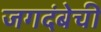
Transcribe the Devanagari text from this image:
जगदंबेची